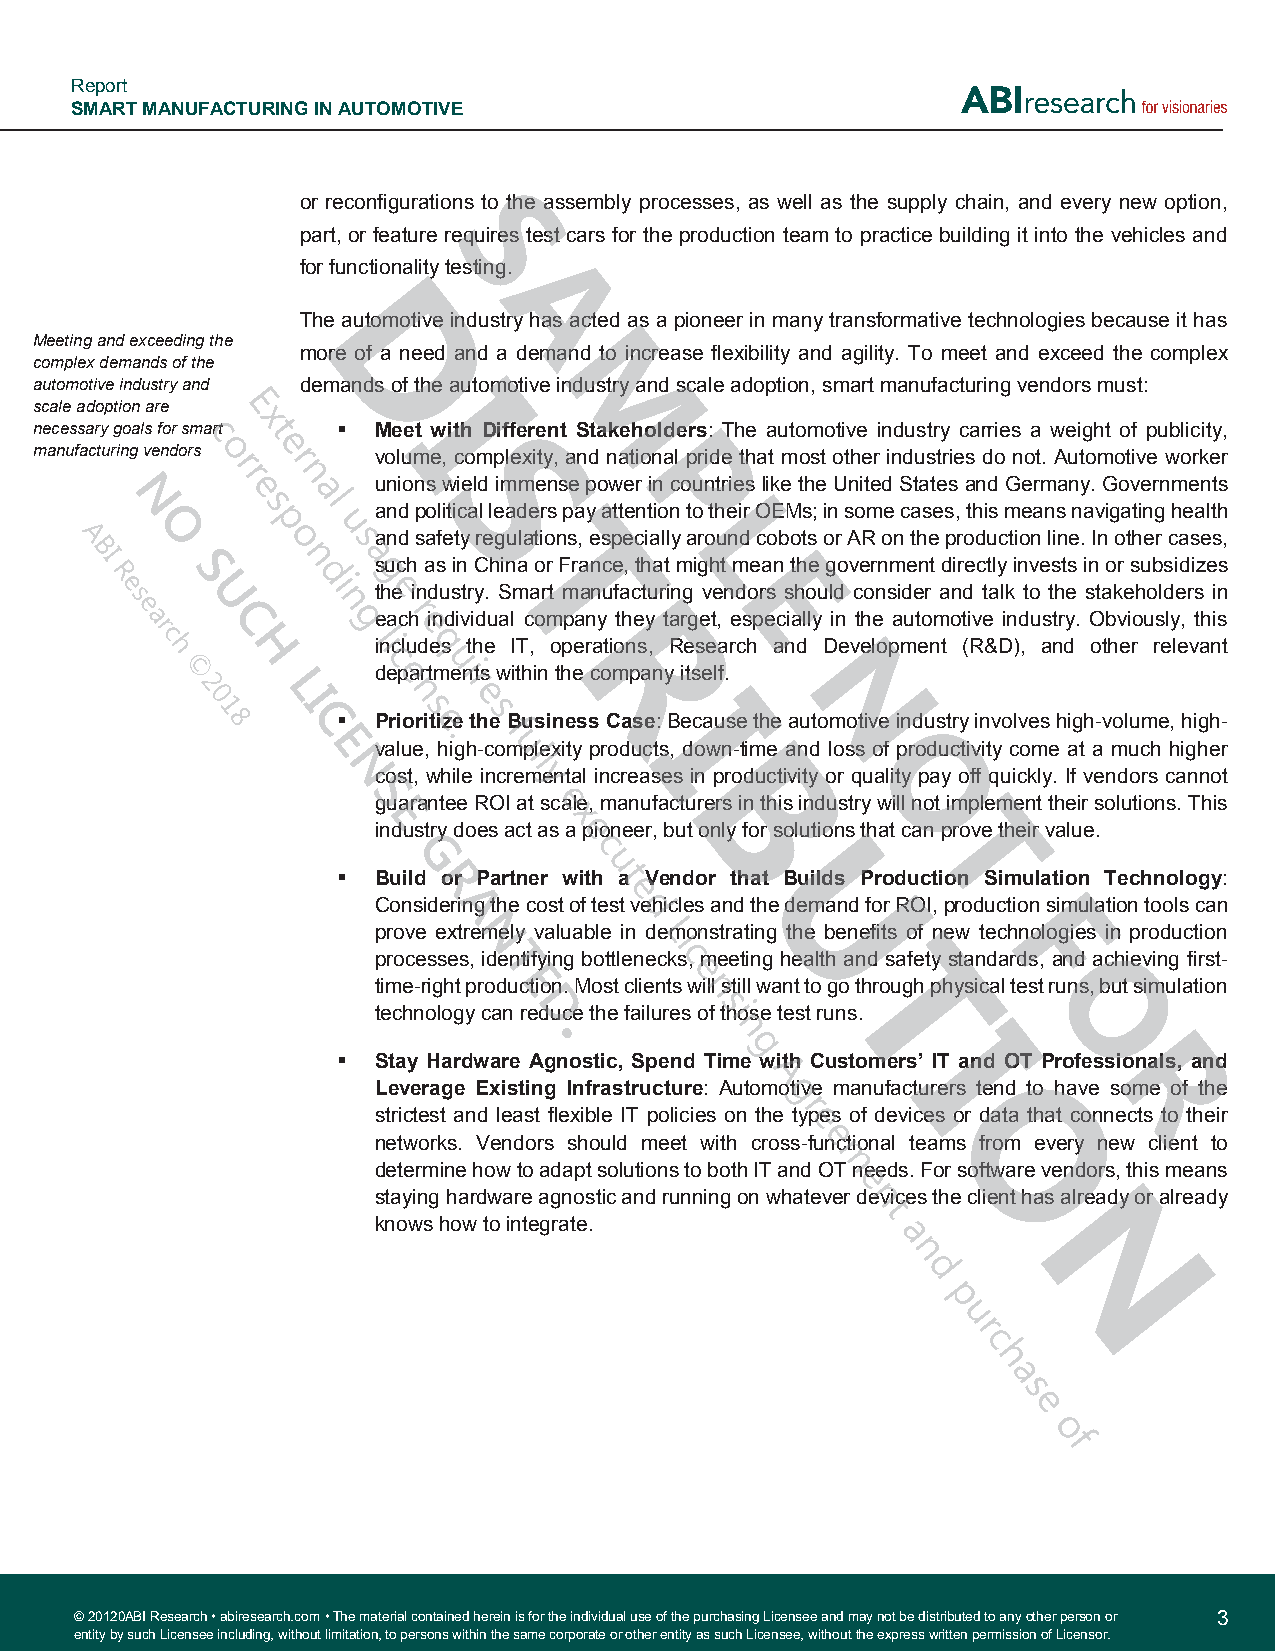
Report
 SMART MANUFACTURING IN AUTOMOTIVE
 or reconfigurations to the assembly processes, as well as the supply chain, and every new option,
 part, or feature requires test cars for the production team to practice building it into the vehicles and
 for functionality testing.
 The automotive industry has acted as a pioneer in many transformative technologies because it has
 Meeting and exceeding the
 more of a need and a demand to increase flexibility and agility. To meet and exceed the complex
 complex demands of the
 automotive industry and demands of the automotive industry and scale adoption, smart manufacturing vendors must:
 scale adoption are
 necessary goals for smart ▪ Meet with Different Stakeholders: The automotive industry carries a weight of publicity,
 manufacturing vendors  volume, complexity, and national pride that most other industries do not. Automotive worker
 unions wield immense power in countries like the United States and Germany. Governments
 and political leaders pay attention to their OEMs; in some cases, this means navigating health
 and safety regulations, especially around cobots or AR on the production line. In other cases,
 such as in China or France, that might mean the government directly invests in or subsidizes
 the industry. Smart manufacturing vendors should consider and talk to the stakeholders in
 each individual company they target, especially in the automotive industry. Obviously, this
 includes the IT, operations, Research and Development (R&D), and other relevant
 departments within the company itself.
 ▪  Prioritize the Business Case: Because the automotive industry involves high-volume, high-
 value, high-complexity products, down-time and loss of productivity come at a much higher
 cost, while incremental increases in productivity or quality pay off quickly. If vendors cannot
 guarantee ROI at scale, manufacturers in this industry will not implement their solutions. This
 industry does act as a pioneer, but only for solutions that can prove their value.
 ▪  Build or Partner with a Vendor that Builds Production Simulation Technology:
 Considering the cost of test vehicles and the demand for ROI, production simulation tools can
 prove extremely valuable in demonstrating the benefits of new technologies in production
 processes, identifying bottlenecks, meeting health and safety standards, and achieving first-
 time-right production. Most clients will still want to go through physical test runs, but simulation
 technology can reduce the failures of those test runs.
 ▪  Stay Hardware Agnostic, Spend Time with Customers’ IT and OT Professionals, and
 Leverage Existing Infrastructure: Automotive manufacturers tend to have some of the
 strictest and least flexible IT policies on the types of devices or data that connects to their
 networks. Vendors should meet with cross-functional teams from every new client to
 determine how to adapt solutions to both IT and OT needs. For software vendors, this means
 staying hardware agnostic and running on whatever devices the client has already or already
 knows how to integrate.
 © 20120ABI Research • abiresearch.com • The material contained herein is for the individual use of the purchasing Licensee and may not be distributed to any other person or 3
 entity b y such Licensee including, without limitation, to persons within the same corporate or other entity as such Licensee, without the express written permission of Licensor.